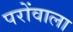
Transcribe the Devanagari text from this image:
परोंवाला